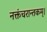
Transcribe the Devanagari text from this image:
नक्तंचरान्तकम्‌।